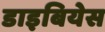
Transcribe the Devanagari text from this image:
डाइबियेस